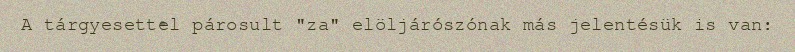
A tárgyesettel párosult "za" elöljárószónak más jelentésük is van: